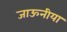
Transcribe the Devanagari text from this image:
जाऊनीया